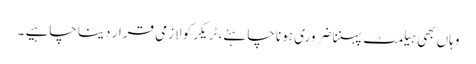
وہاں بھی ہیلمٹ پہننا ضروری ہونا چاہئے، ٹریکر کولازمی قرار دینا چاہیے ۔